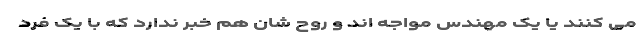
می کنند یا یک مهندس مواجه اند و روح شان هم خبر ندارد که با یک فرد